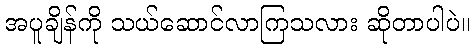
အပူချိန်ကို သယ်ဆောင်လာကြသလား ဆိုတာပါပဲ။